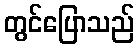
တွင်ပြောသည်